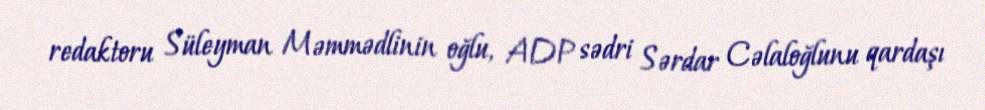
redaktoru Süleyman Məmmədlinin oğlu, ADP sədri Sərdar Cəlaloğlunu qardaşı